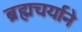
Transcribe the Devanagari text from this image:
ब्रह्मचर्याने